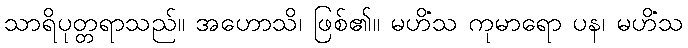
သာရိပုတ္တရာသည်။ အဟောသိ၊ ဖြစ်၏။ မဟိံသ ကုမာရော ပန၊ မဟိံသ